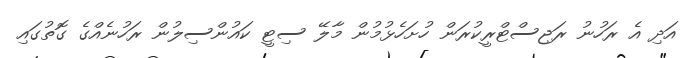
އަދި އެ ރަހުނު ރަޖިސްޓްރީކުރަން ހުށަހެޅުމުން މާލޭ ސިޓީ ކައުންސިލުން ރަހުނެއްގެ ގޮތުގައި